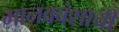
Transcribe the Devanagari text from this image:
मानववंशाची